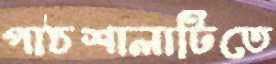
পাঠশালাটিতে